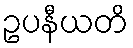
ဥပနီယတိ